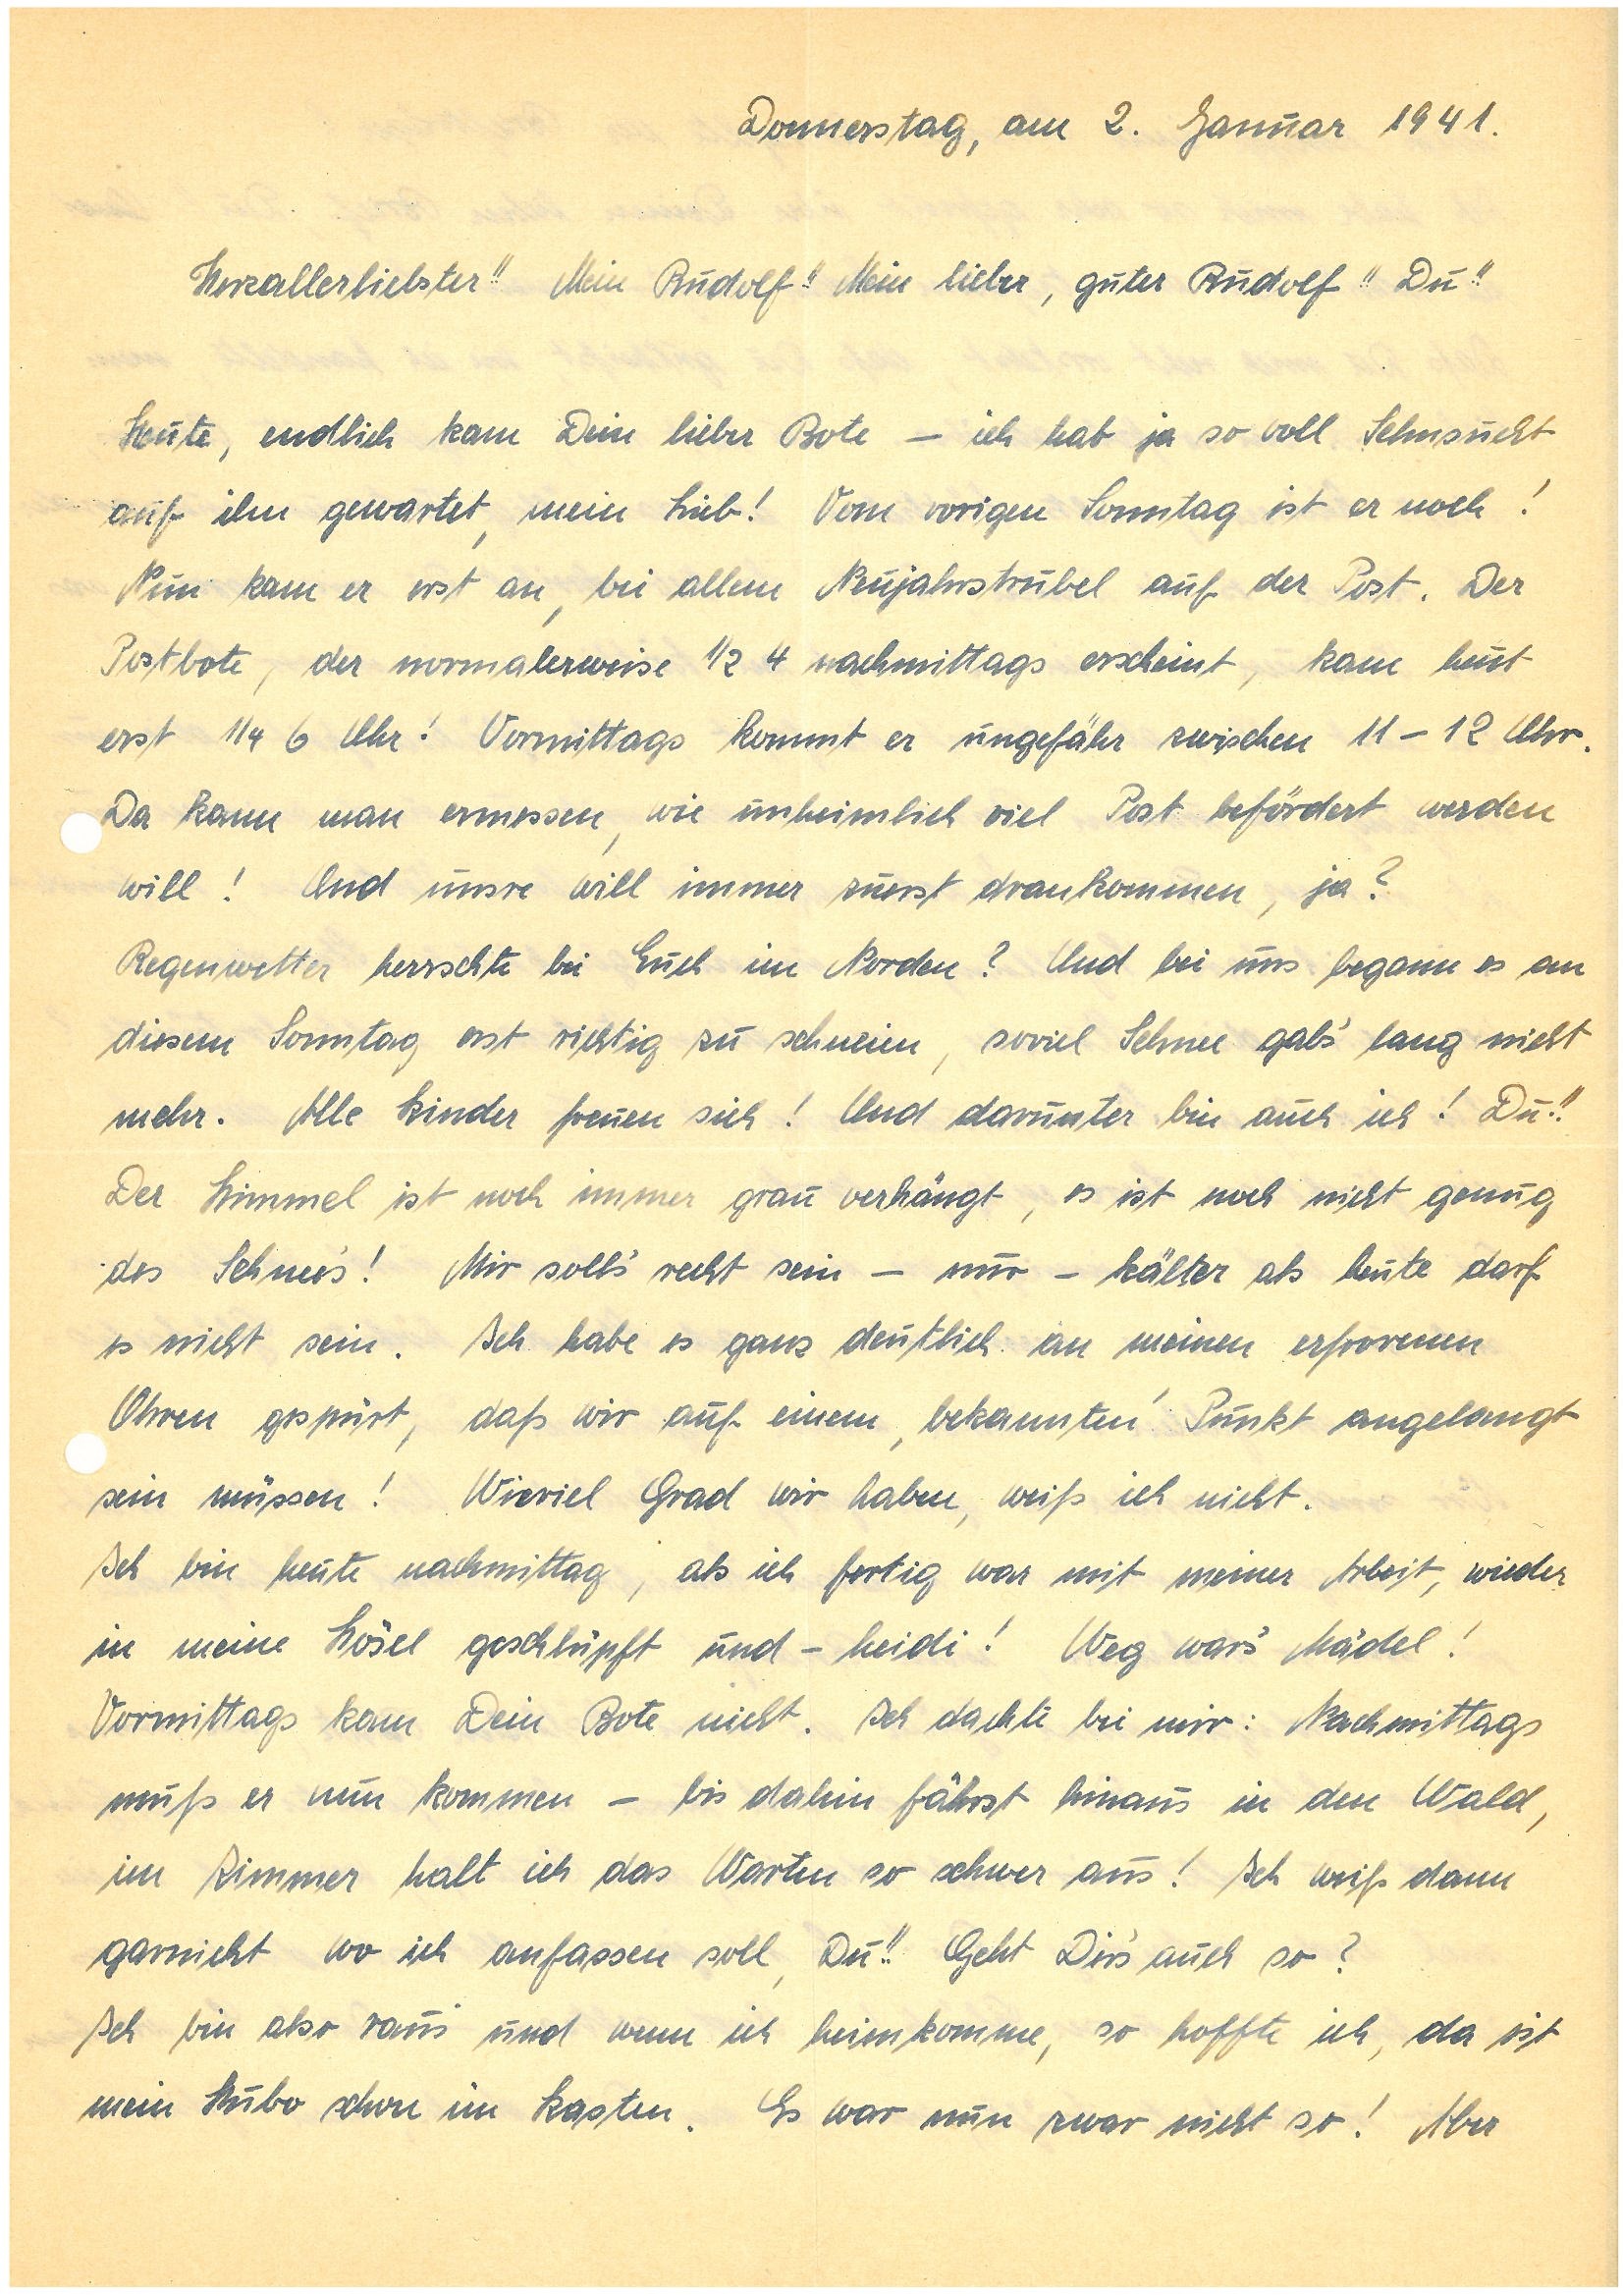
Donnerstag, am 2. Januar 1941.
Herzallerliebster!! Mein !! Mein lieber, guter !! Du!!
Heute, endlich kam Dein lieber Bote — ich hab ja so voll Sehnsucht
auf ihn gewartet, mein Lieb! Vom vorigen Sonntag ist er noch!
Nun kam er erst an, bei allem Neujahrstrubel auf der Post. Der
Postbote, der normalerweise ½ 4 nachmittags erscheint, kam heut
erst ¼ 6 Uhr! Vormittags kommt er ungefähr zwischen 11 – 12 Uhr.
Da kann man ermessen, wie unheimlich viel Post befördert werden
will! Und unsre will immer zuerst drankommen, ja?
Regenwetter herrschte bei Euch im Norden? Und bei uns begann es an
diesem Sonntag erst richtig zu schneien, soviel Schnee gab’s lang nicht
mehr. Alle Kinder freuen sich! Und darunter bin auch ich! Du!!
Der Himmel ist noch immer grau verhängt, es ist noch nicht genug
des Schnee’s ! Mir soll’s recht sein — nur — kälter als heute darf
es nicht sein. Ich habe es ganz deutlich an meinen erfrorenen
Ohren gespürt, daß wir auf einem ‘bekannten’ Punkt angelangt
sein müssen! Wieviel Grad wir haben, weiß ich nicht.
Ich bin heute nachmittag, als ich fertig war mit meiner Arbeit, wieder
in meine Hösel geschlüpft und — heidi Weg war’s Mädel!
Vormittags kam Dein Bote nicht. Ich dachte bei mir: Nachmittags
muß er nun kommen — bis dahin fährst hinaus in den Wald,
im Zimmer halt ich das Warten so schwer aus! Ich weiß dann
garnicht wo ich anfangen soll, Du!! Geht Dir’s auch so?
Ich bin also raus und wenn ich heimkomme, so hoffte ich, da ist
mein Hubo schon im Kasten. Es war nun zwar nicht so! Aber